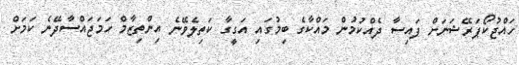
ހައްޖުކޯޕަރޭޝަނަށް ފައިސާ ދެއްކުމުން މައްކާގެ ބިމުގައި އަގީގާ ކަތިލެވޭނެ އިންތިޒާމް ހަމަޖައްސާދޭނެ ކަަމަށް